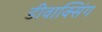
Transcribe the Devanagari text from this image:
डीवाक्सिंग